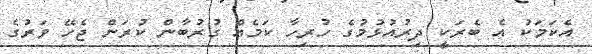
އެކަމަކު އެ ބެރަކީ ދިރުއުޅުމުގެ ހުރިހާ ކަމެއް ގުރުބާން ކުރަން ޖެހޭ ވަރުގެ